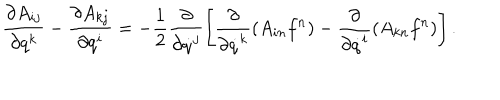
LaTeX: \frac { \partial A _ { i j } } { \partial q ^ { k } } - \frac { \partial A _ { k j } } { \partial q ^ { i } } = - \frac { 1 } { 2 } \frac { \partial } { \partial \dot { q } ^ { j } } \left[ \frac { \partial } { \partial \dot { q } ^ { k } } ( A _ { i n } f ^ { n } ) - \frac { \partial } { \partial \dot { q } ^ { i } } ( A _ { k n } f ^ { n } ) \right] .